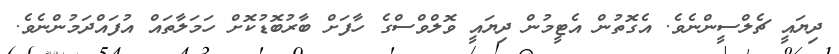
ދިޔައީ ޗެލްސީންނެވެ. އެގޮތުން އެޓީމުން ދިޔައީ ވޮލްވްސްގެ ހާފަށް ބާރުބޮޑުކޮށް ހަމަލާތައް އުފައްދަމުންނެވެ.